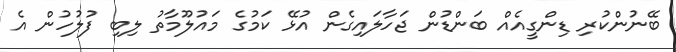
ބޭނުންކުރި ޑިންގީއެއް ބަންޑުން ޖަހާލައިގެން އުޅޭ ކަމުގެ މައުލޫމާތު ލިބި ފުލުހުން އެ